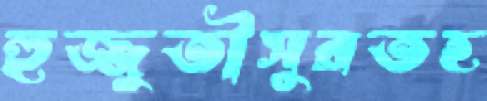
হুজ্জুতীসুরতহ